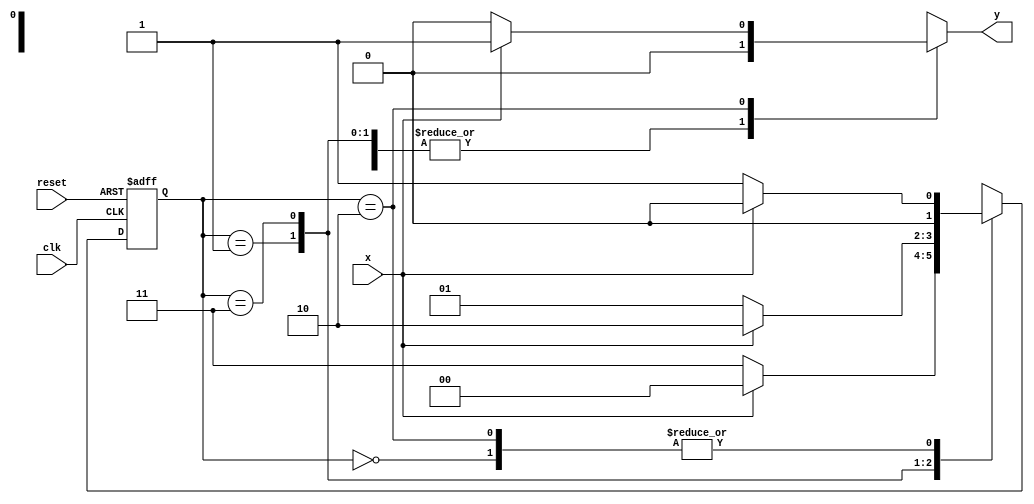
// ---------------------
// Guia 1103 - Implementar uma mquina de estados finitos (Mealy - FSM)
//     capaz de reconhecer uma sequncia (1001)
//     com interseo (1001001 ser considerada).
//
//
// Nome: Luiz Felipe Fonseca
// ---------------------


// constant definitions

`define found    1
`define notfound 0

module Mealy ( y, x, clk, reset );
 output y;
 input  x;
 input  clk;
 input  reset;

 reg    y;

 parameter         // state identifiers 
   start  = 2'b00,
   id1    = 2'b01,
   id11   = 2'b11,
	id110  = 2'b10;

   reg [1:0] E1;	// current state variables
   reg [1:0] E2;	// next state logic output

// next state logic
   always @( x or E1 )
    begin
     y = `notfound;
     case ( E1 )
      start:
        if ( x )
         E2 = start;
        else
         E2 = id1;
      id1:
        if ( x )
         E2 = start;
        else
         E2 = id11;
      id11:
        if ( x )
         E2 = id110;
        else
         E2 = id1;
      id110:
        if ( x )		  
	 begin
	   E2 = start;
	   y  = `found;
	 end
	else
	 begin
	   E2 =  id1;
	   y  = `notfound;
	 end
      default:   // undefined state
           E2 =  2'bxx;
      endcase
   end // always at signal or state changing

// state variables
   always @( posedge clk or negedge reset )
    begin
     if ( reset )
      E1 = E2;    // updates current state
     else
      E1 = 0;     // reset
    end // always at signal changing

endmodule //Mealy

module Exercicio03;
 reg   clk, reset, x;
 wire  m1;

 Mealy mealy1 ( m1, x, clk, reset ); 

 initial
  begin
   $display ( "Time     x   Mealy" );

// initial values
       clk   = 1;
       reset = 0;
       x     = 0;

// input signal changing
  
  #5   reset = 1;
  #10  x = 1;
  #10  x = 0;
  #10  x = 0;
  #20  x = 0;
  #10  x = 1;
  #10  x = 1;
  #10  x = 0;
  #10  x = 0;
  #10  x = 1;
  #10  x = 1;
  #10  x = 0;
  #10  x = 0;  

  #40 $finish;
 
 end // initial

 always
  #5 clk = ~clk;

 always @( posedge clk )
  
  begin
   
	$display ( "%4d  %4b  %4b", $time, x, m1);
  
  end // always at positive edge clocking changing

endmodule // Exercicio03